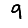
Digit: 9